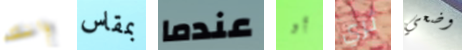
وانك بمقاس عندما أو ثري وضعي